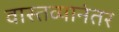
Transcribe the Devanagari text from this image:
वास्तव्यानंतर